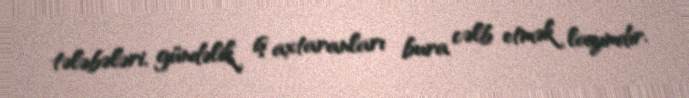
tələbələri, gündəlik iş axtaranları bura cəlb etmək lazımdır.